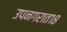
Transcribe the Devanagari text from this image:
उपनगरात१८